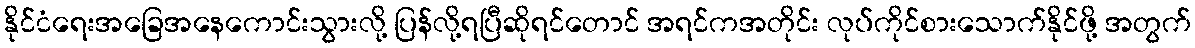
နိုင်ငံရေးအခြေအနေကောင်းသွားလို့ ပြန်လို့ရပြီဆိုရင်တောင် အရင်ကအတိုင်း လုပ်ကိုင်စားသောက်နိုင်ဖို့ အတွက်